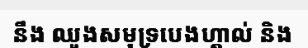
នឹង ឈូងសមុទ្របេងហ្គាល់ និង